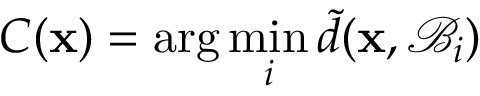
C ( \mathbf { x } ) = \arg \operatorname* { m i n } _ { i } \tilde { d } ( \mathbf { x } , \mathcal { B } _ { i } )